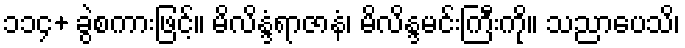
၁၁၄+ ခွဲစကားဖြင့်။ မိလိန္ဒံရာဇာနံ၊ မိလိန္ဒမင်းကြီးကို။ သညာပေသိ၊